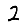
Digit: 2